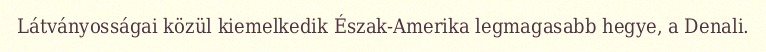
Látványosságai közül kiemelkedik Észak-Amerika legmagasabb hegye, a Denali.